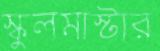
স্কুলমাস্টার